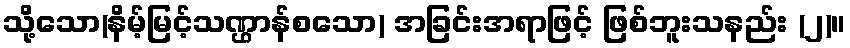
သို့သော(နိမ့်မြင့်သဏ္ဌာန်စသော) အခြင်းအရာဖြင့် ဖြစ်ဘူးသနည်း (၂)။